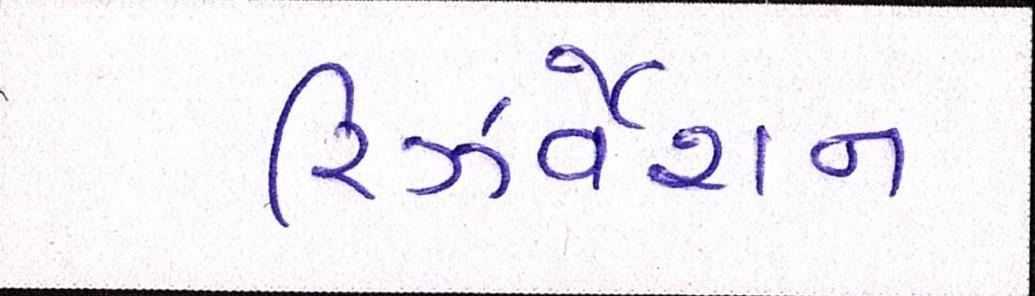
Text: રિઝર્વેશન